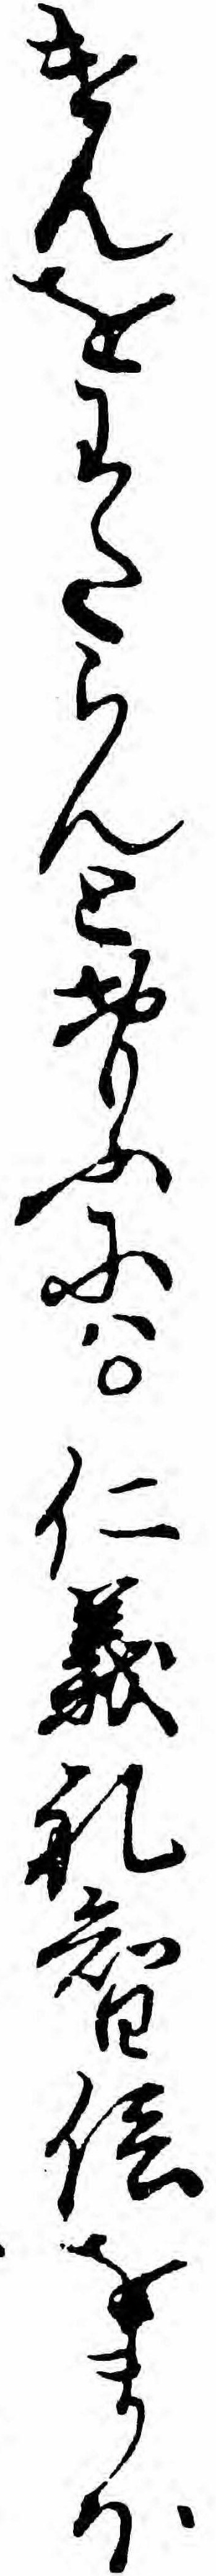
けんをわたらんとおもふにハ仁義礼智信をまほ